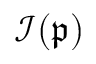
\mathcal { I } ( \mathfrak { p } )